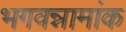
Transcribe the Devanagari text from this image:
भगवन्नामांक